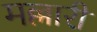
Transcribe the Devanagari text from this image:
मल्लारी